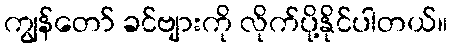
ကျွန်တော် ခင်ဗျားကို လိုက်ပို့နိုင်ပါတယ်။